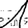
Digit: 1